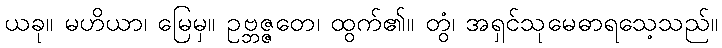
ယခု။ မဟိယာ၊ မြေမှ။ ဥဗ္ဘဇ္ဇတေ၊ ထွက်၏။ တွံ၊ အရှင်သုမေဓာရသေ့သည်။